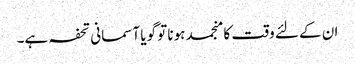
ان کے لئے وقت کا منجمد ہونا تو گویا آسمانی تحفہ ہے۔